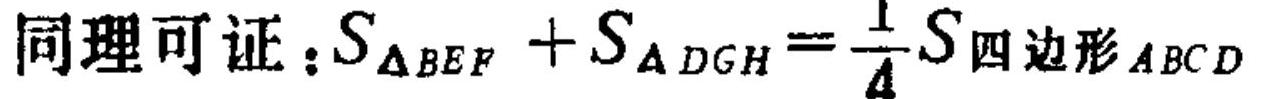
同理可证：\(S_{\triangle BEF}+S_{\triangle DGH}=\frac{1}{4}S_{四边形ABCD}\)